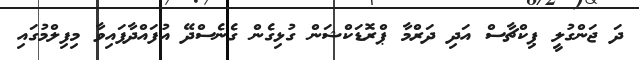
ދަ ޖަންގުލީ ޕިކްޗާސް އަދި ދަރްމާ ޕްރޮޑަކްޝަން ގުޅިގެން ގެނެސްދޭ އުފައްދާފައިވާ މިފިލްމުގައި